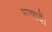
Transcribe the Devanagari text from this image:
भाषायें।